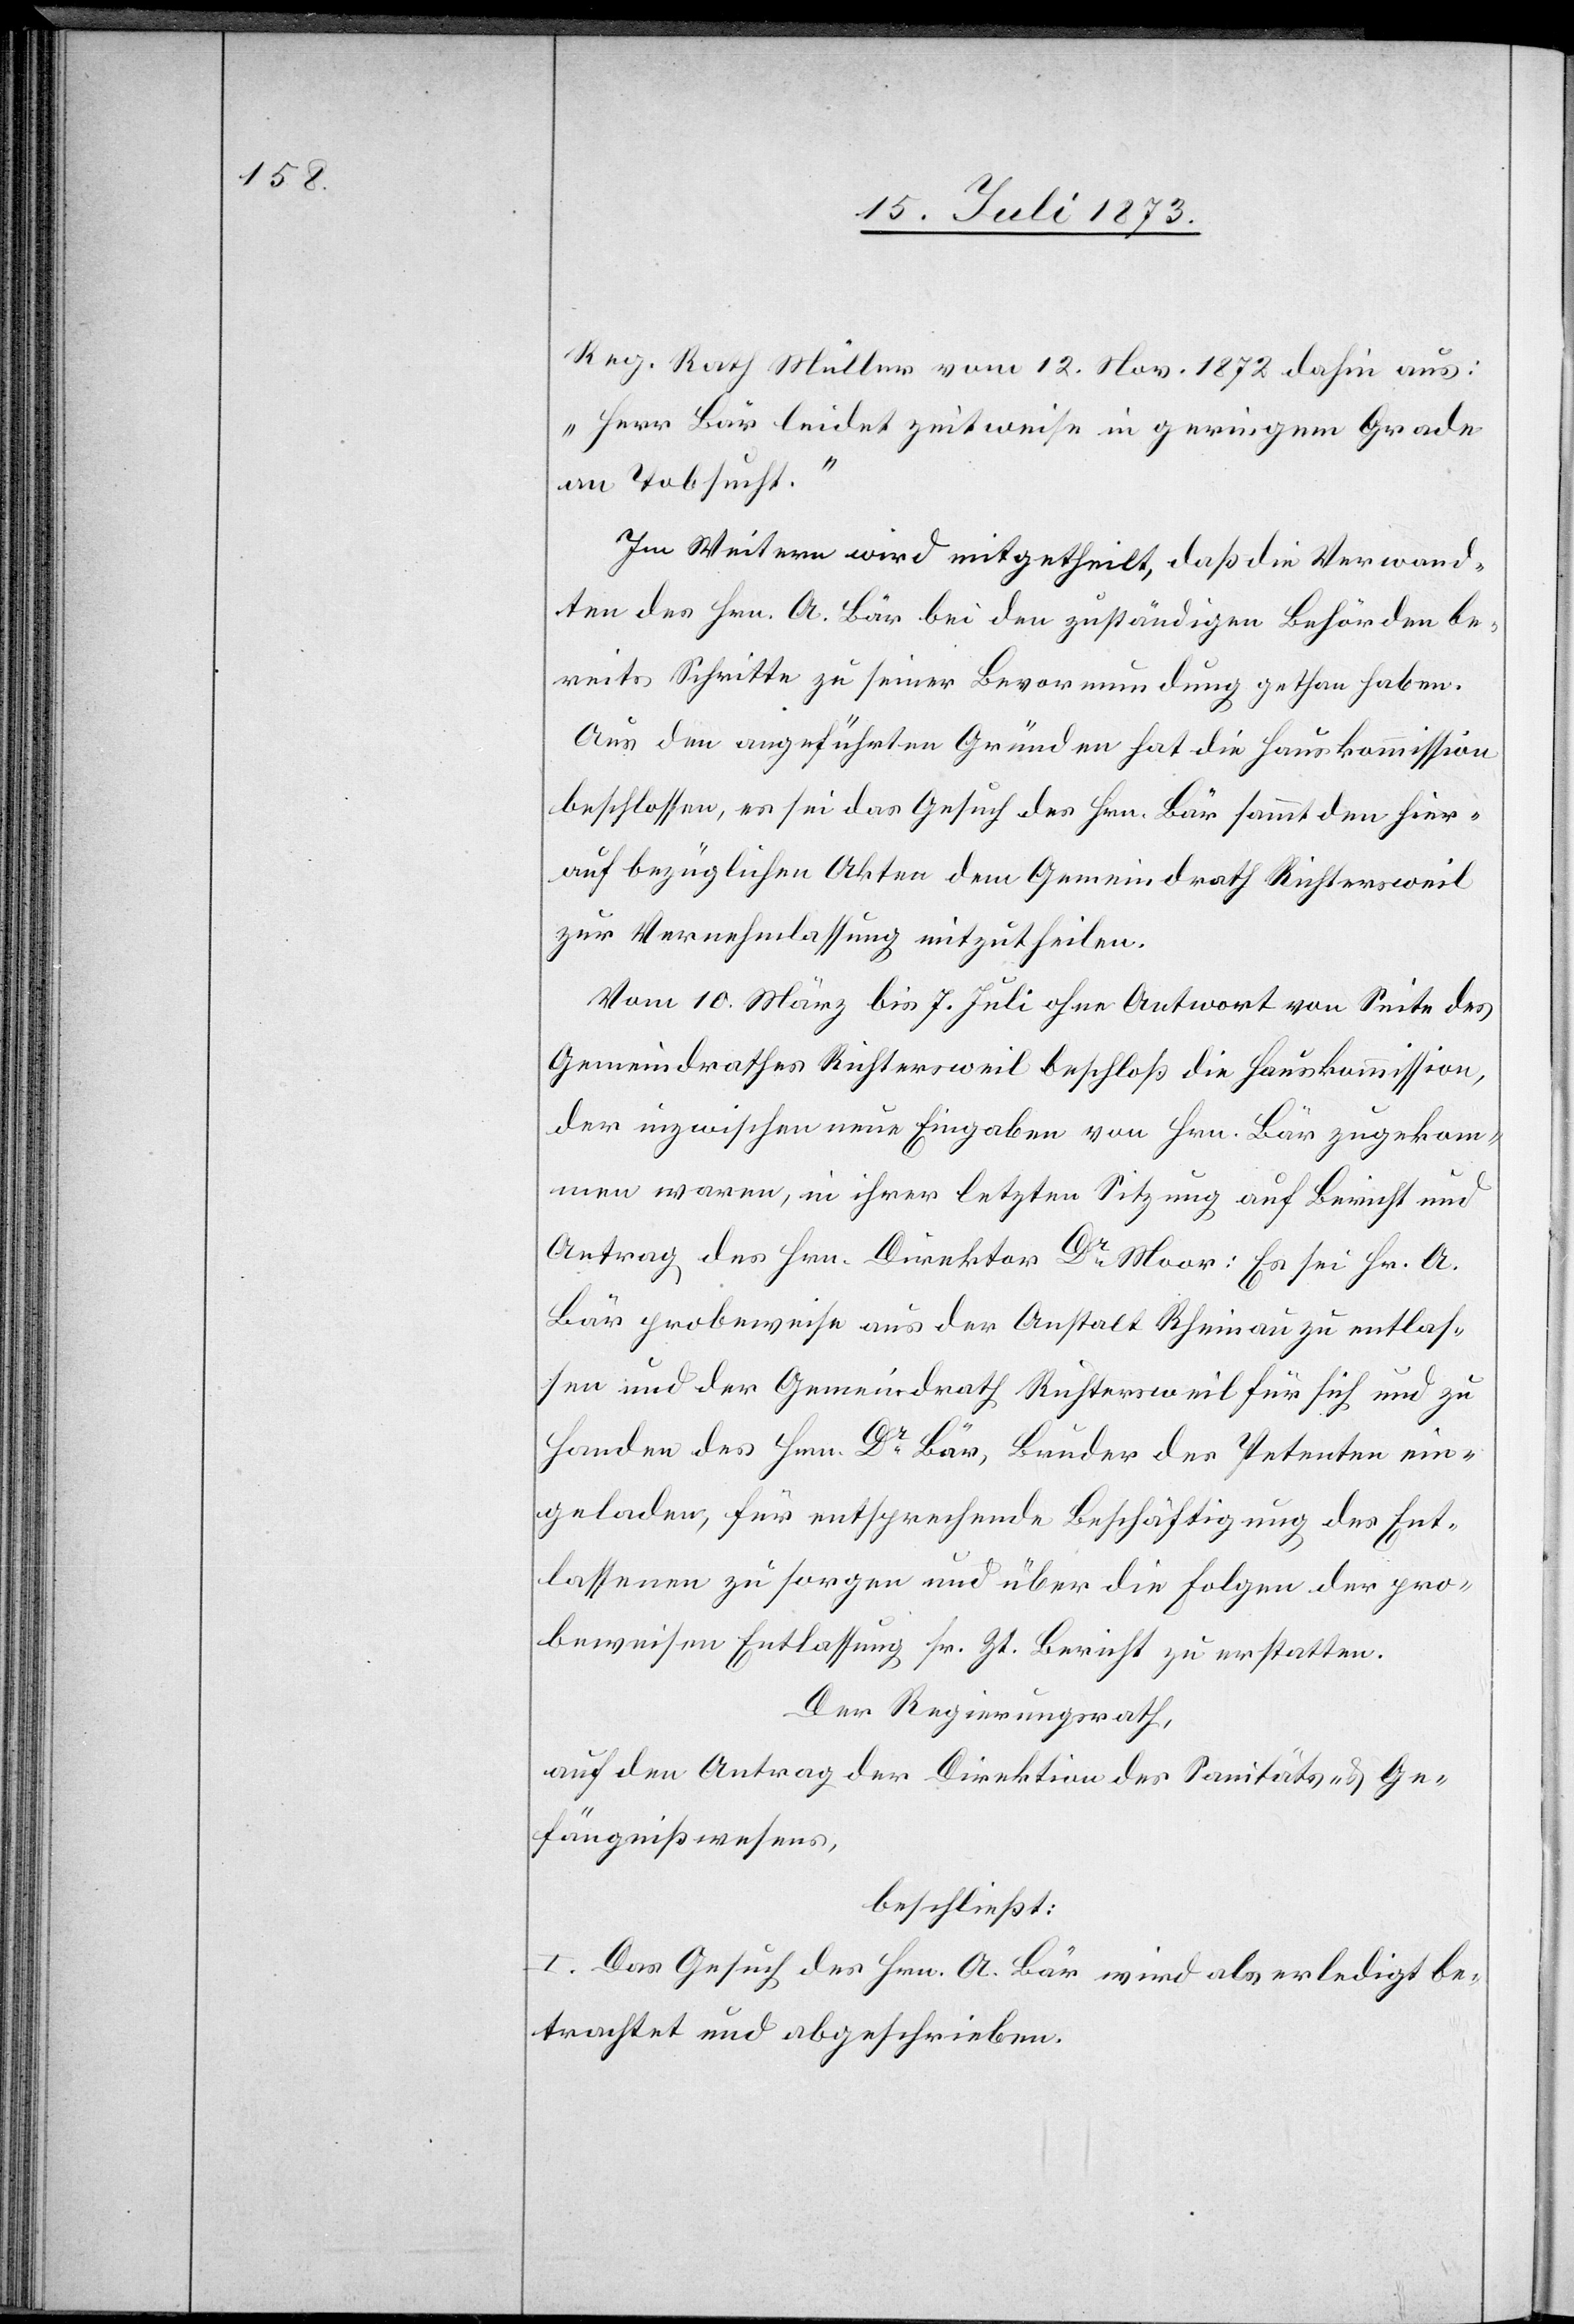
Reg. Rath Müller vom 12. Nov. 1872 dahin aus:
„Herr Bär leidet zeitweise in geringem Grade
an Tobsucht.“
Im Weitern wird mitgetheilt, daß die Verwand¬
ten des Hrn. A. Bär bei den zuständigen Behörden be¬
reits Schritte zu seiner Bevormundung gethan haben.
Aus den angeführten Gründen hat die Hauskommission
beschlossen, es sei das Gesuch des Hrn. Bär sammt den hier¬
auf bezüglichen Akten dem Gemeindrath Richtersweil
zur Vernehmlassung mitzutheilen.
Vom 10. März bis 7. Juli ohne Antwort von Seite des
Gemeindrathes Richtersweil beschloß die Hauskommission,
der inzwischen neue Eingaben von Hrn. Bär zugekom¬
men waren, in ihrer letzten Sitzung auf Bericht und
Antrag des Hrn. Direktor Dr Moor: Es sei Hr. A.
Bär probeweise aus der Anstalt Rheinau zu entlas¬
sen und der Gemeindrath Richtersweil für sich und zu
Handen des Hrn. Dr Bär, Bruder des Petenten ein¬
geladen, für entsprechende Beschäftigung des Ent¬
lassenen zu sorgen und über die Folgen der pro¬
beweisen Entlassung sr. Zt. Bericht zu erstatten.
Der Regierungsrath,
auf den Antrag der Direktion des Sanitäts- & Ge¬
fängnißwesens,
beschließt:
I. Das Gesuch des Hrn. A. Bär wird als erledigt be¬
trachtet und abgeschrieben.